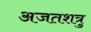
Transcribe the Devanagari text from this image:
अजतशत्रु